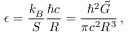
\epsilon = \frac { k _ { B } } { S } \frac { \hbar c } { R } = \frac { \hbar ^ { 2 } \tilde { G } } { \pi c ^ { 2 } R ^ { 3 } } \, ,